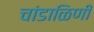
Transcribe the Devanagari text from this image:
चांडाळिणी